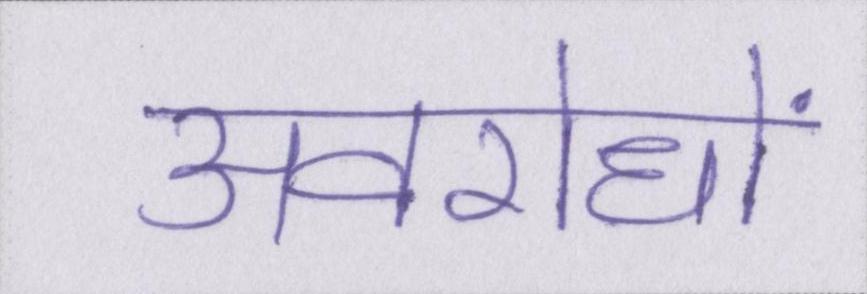
अवरोधों